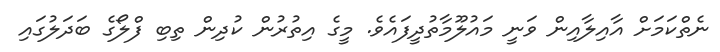
ނެތްކަމަށް އާއިލާއިން ވަނީ މައުލޫމާތުދީފައެވެ. މީގެ އިތުރުން ކުދިން ތިބި ފްލޯގެ ބަދަލުގައި